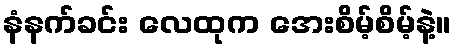
နံနက်ခင်း လေထုက အေးစိမ့်စိမ့်နဲ့။